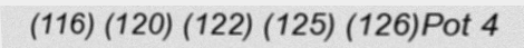
(116) (120) (122) (125) (126)Pot 4